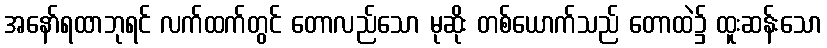
အနော်ရထာဘုရင် လက်ထက်တွင် တောလည်သော မုဆိုး တစ်ယောက်သည် တောထဲ၌ ထူးဆန်းသော